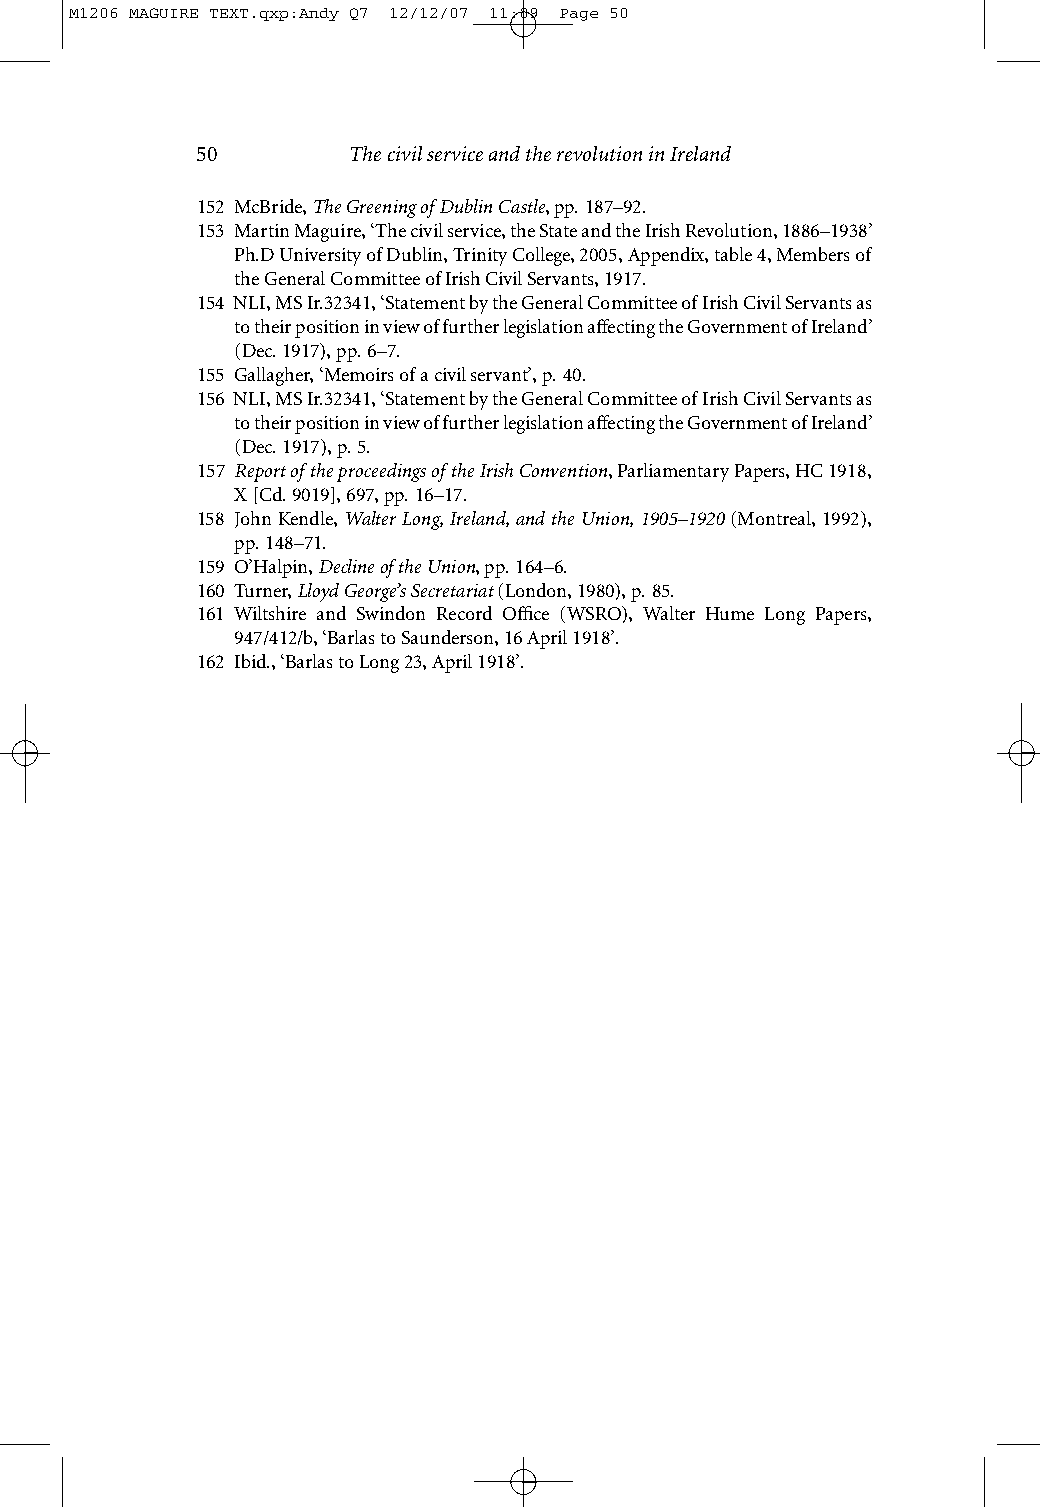
M1206 MAGUIRE TEXT.qxp:Andy Q7 12/12/07 11:09 Page 50
 50        The civil service and the revolution in Ireland
 152 McBride, The Greening of Dublin Castle, pp.187–92.
 153 Martin Maguire, ‘The civil service, the State and the Irish Revolution, 1886–1938’
 Ph.D University of Dublin, Trinity College, 2005, Appendix, table 4,Members of
 the General Committee ofIrish Civil Servants, 1917.
 154 NLI, MS Ir.32341, ‘Statement by the General Committee of Irish Civil Servants as
 to their position in view of further legislation affecting the Government of Ireland’
 (Dec. 1917), pp.6–7.
 155 Gallagher, ‘Memoirs of a civil servant’, p.40.
 156 NLI, MS Ir.32341, ‘Statement by the General Committee of Irish Civil Servants as
 to their position in view of further legislation affecting the Government of Ireland’
 (Dec. 1917), p.5.
 157 Report of the proceedings of the Irish Convention, Parliamentary Papers, HC 1918,
 X [Cd. 9019], 697, pp.16–17.
 158 John Kendle, Walter Long, Ireland, and the Union, 1905–1920(Montreal, 1992),
 pp.148–71.
 159 O’Halpin, Decline of the Union, pp.164–6.
 160 Turner, Lloyd George’s Secretariat(London, 1980), p.85.
 161 Wiltshire and Swindon Record Office (WSRO), Walter Hume Long Papers,
 947/412/b, ‘Barlas to Saunderson, 16 April 1918’.
 162 Ibid., ‘Barlas to Long 23, April 1918’.